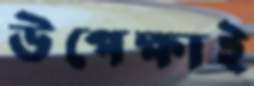
উপেক্ষাই